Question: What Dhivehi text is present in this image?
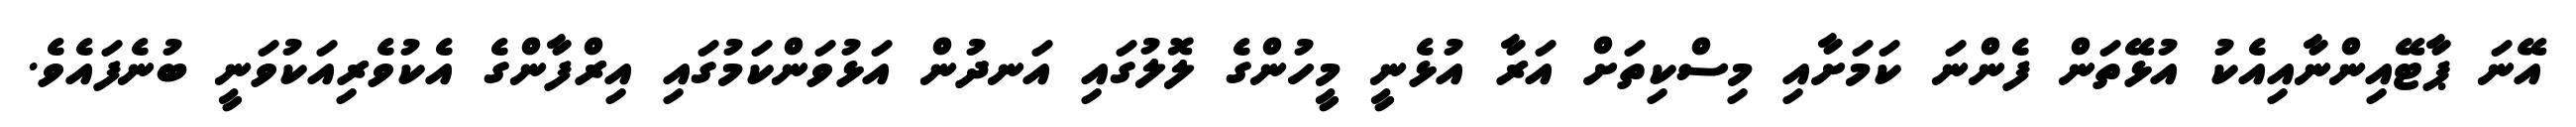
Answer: އޭނަ ޕާޓޭއިންނާއިއެކު އުޅޭތަން ފެންނަ ކަމަށާއި މިސްކިތަށް އަރާ އުޅެނީ މީހުންގެ ލޮލުގައި އަނދުން އަޅުވަންކަމުގައި އިރްފާންގެ އެކުވެރިއަކުވަނީ ބުނެފައެވެ.